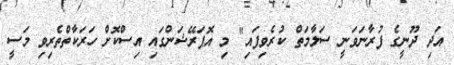
އަދި ދޫނީގެ ފުރާނަވަނީ ސަލާމަތް ކުރެވިފައި" މި އޮޕަރޭޝަންގައި އިސްކޮށް ހަރަކާތްތެރިވި މަސީ